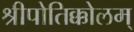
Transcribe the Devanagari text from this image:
श्रीपोतिक्कोलम्